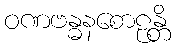
ဝဏဗန္ဓနစောဠန္တိ